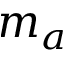
m _ { a }